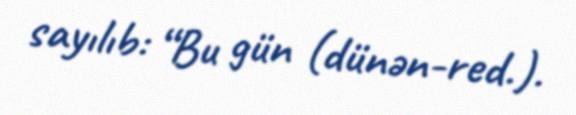
sayılıb: “Bu gün (dünən-red.).